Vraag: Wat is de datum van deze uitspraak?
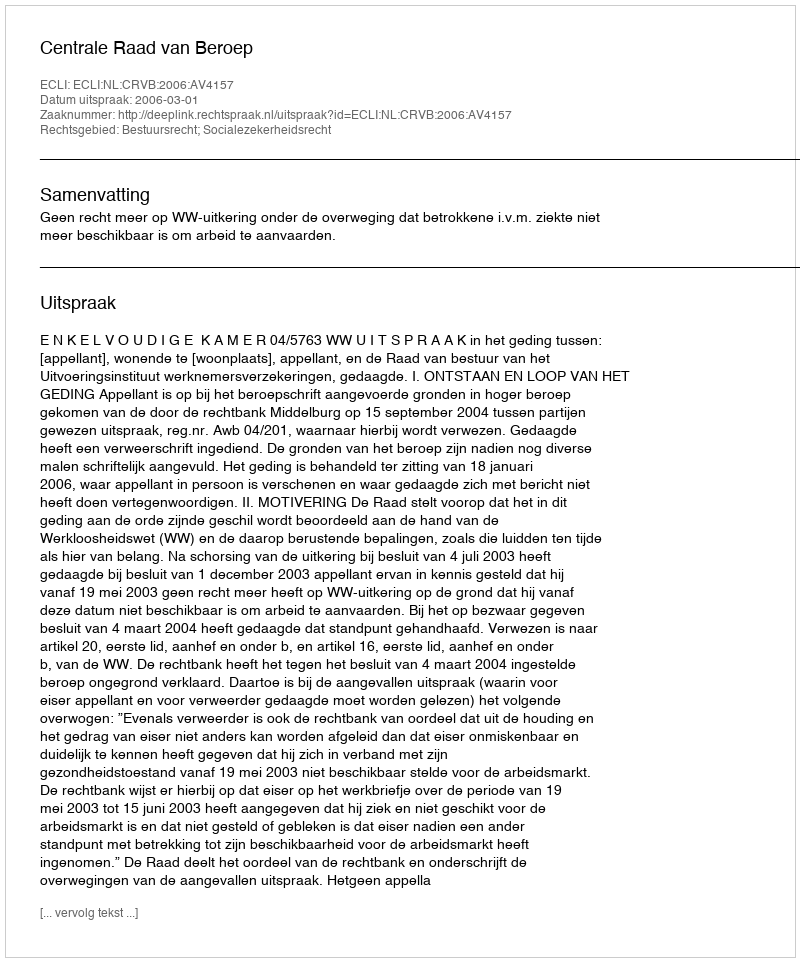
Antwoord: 2006-03-01